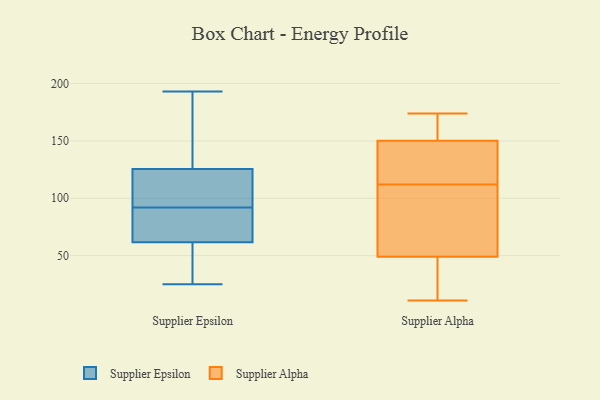
{"axis": {"x": "Inventory Turnover", "y": "Value"}, "legend": ["Supplier Alpha", "Supplier Epsilon"], "data": [{"x": "", "y": 25, "type": "Supplier Epsilon"}, {"x": "", "y": 193, "type": "Supplier Epsilon"}, {"x": "", "y": 109, "type": "Supplier Epsilon"}, {"x": "", "y": 136, "type": "Supplier Epsilon"}, {"x": "", "y": 33, "type": "Supplier Epsilon"}, {"x": "", "y": 191, "type": "Supplier Epsilon"}, {"x": "", "y": 96, "type": "Supplier Epsilon"}, {"x": "", "y": 92, "type": "Supplier Epsilon"}, {"x": "", "y": 115, "type": "Supplier Epsilon"}, {"x": "", "y": 72, "type": "Supplier Epsilon"}, {"x": "", "y": 76, "type": "Supplier Epsilon"}, {"x": "", "y": 62, "type": "Supplier Epsilon"}, {"x": "", "y": 48, "type": "Supplier Epsilon"}, {"x": "", "y": 76, "type": "Supplier Epsilon"}, {"x": "", "y": 136, "type": "Supplier Epsilon"}, {"x": "", "y": 122, "type": "Supplier Epsilon"}, {"x": "", "y": 61, "type": "Supplier Epsilon"}, {"x": "", "y": 124, "type": "Supplier Alpha"}, {"x": "", "y": 159, "type": "Supplier Alpha"}, {"x": "", "y": 94, "type": "Supplier Alpha"}, {"x": "", "y": 120, "type": "Supplier Alpha"}, {"x": "", "y": 112, "type": "Supplier Alpha"}, {"x": "", "y": 165, "type": "Supplier Alpha"}, {"x": "", "y": 37, "type": "Supplier Alpha"}, {"x": "", "y": 11, "type": "Supplier Alpha"}, {"x": "", "y": 174, "type": "Supplier Alpha"}, {"x": "", "y": 41, "type": "Supplier Alpha"}, {"x": "", "y": 73, "type": "Supplier Alpha"}]}